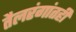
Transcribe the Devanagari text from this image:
तैलरंगांतही